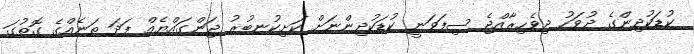
ކުޑަކުދިންގެ ދުވަހު ދިވެހިރާއްޖެ ސިފަވަނީ ކުޑަކުދިންނަށް ކަށިކުނބުރު ޖަންގައްޔެއް ފަދަ ތަނެއްގެ ގޮތުގަ